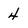
Character: 4